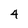
Character: 4